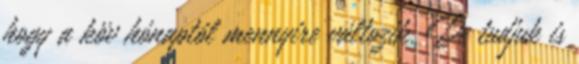
hogy a köv hónaptól mennyire változik. De tudjuk is